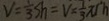
V = \frac { 1 } { 3 } s h = V = \frac { 1 } { 3 } \pi r h